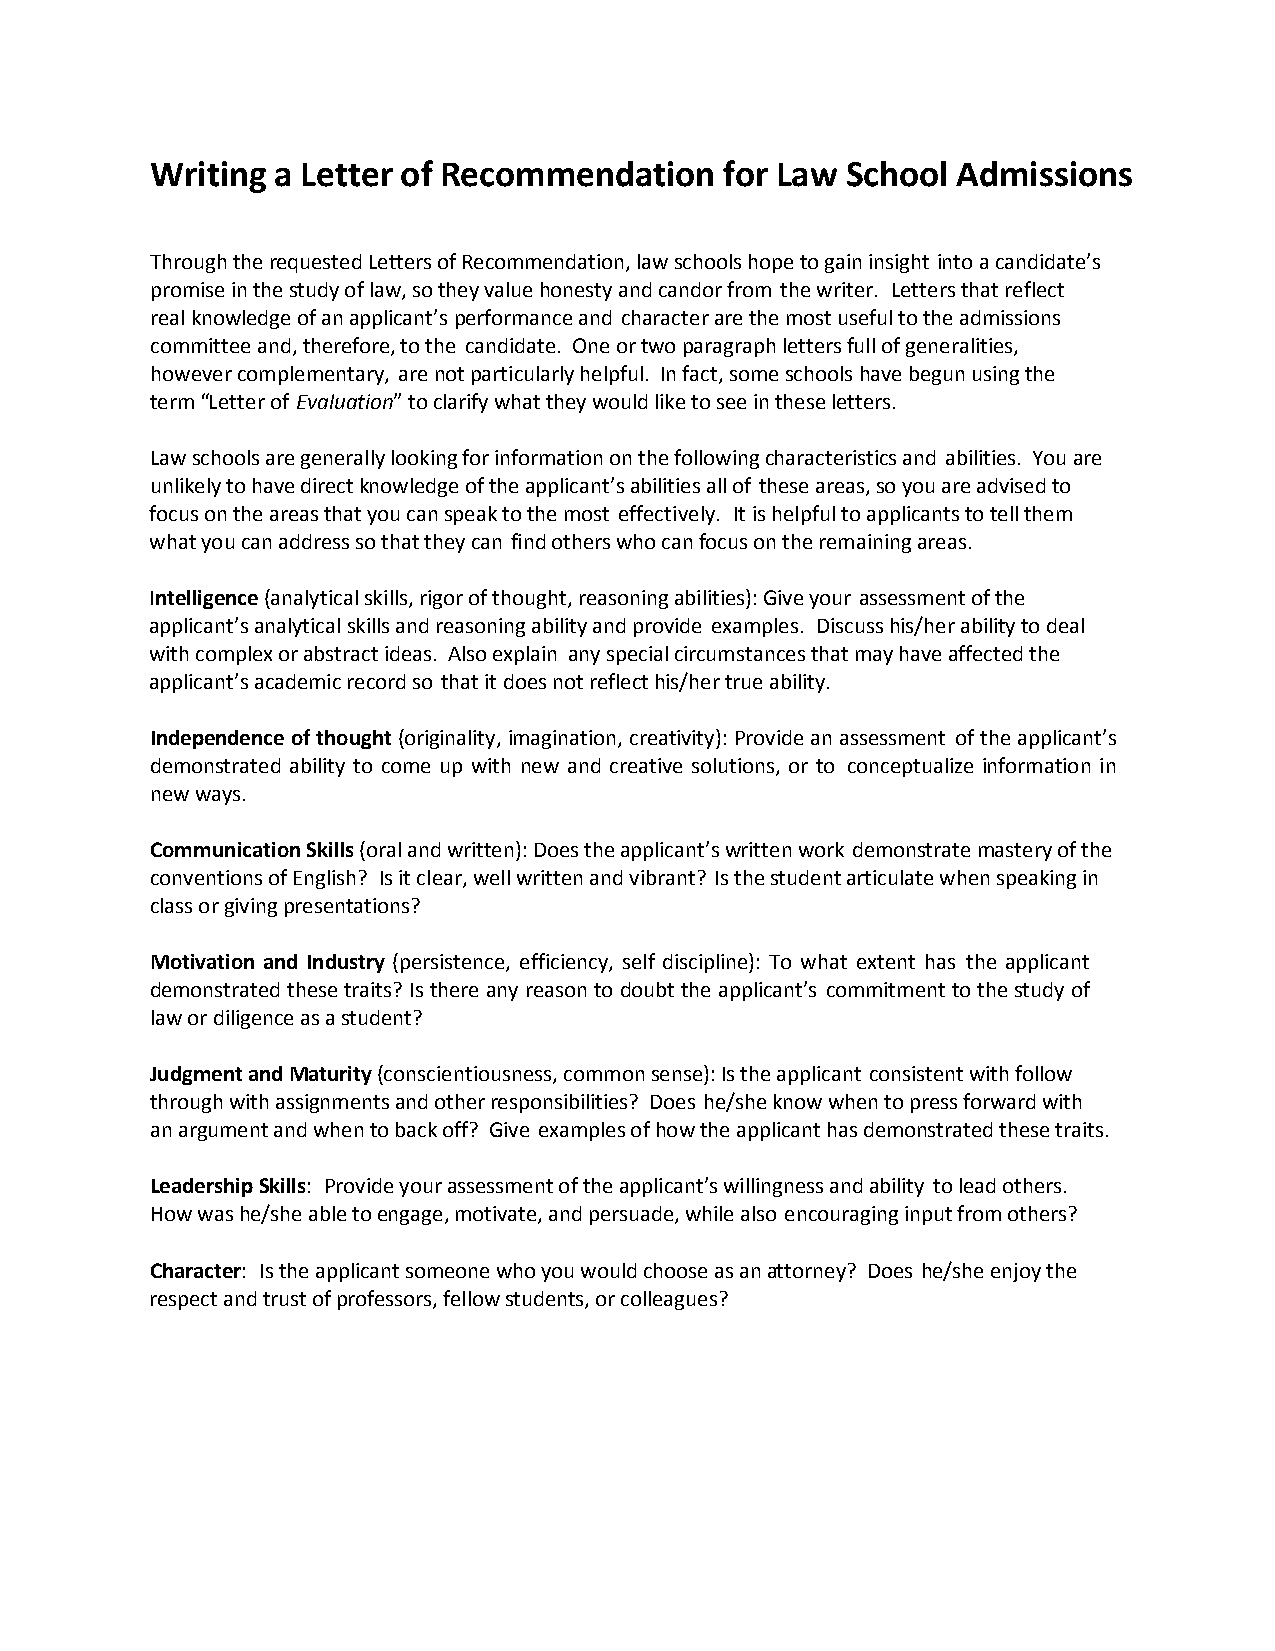
Writing a Letter of Recommendation    for Law School Admissions
 Through the requested Letters of Recommendation, law schools hope to gain insight into a candidate’s
 promise in the study of law, so they value honesty and candor from the writer. Letters that reflect
 real knowledge of an applicant’s performance and character are the most useful to the admissions
 committee and, therefore, to the candidate. One or two paragraph letters full of generalities,
 however complementary, are not particularly helpful. In fact, some schools have begun using the
 term “Letter of Evaluation” to clarify what they would like to see in these letters.
 Law schools are generally looking for information on the following characteristics and abilities. You are
 unlikely to have direct knowledge of the applicant’s abilities all of these areas, so you are advised to
 focus on the areas that you can speak to the most effectively. It is helpful to applicants to tell them
 what you can address so that they can find others who can focus on the remaining areas.
 Intelligence (analytical skills, rigor of thought, reasoning abilities): Give your assessment of the
 applicant’s analytical skills and reasoning ability and provide examples. Discuss his/her ability to deal
 with complex or abstract ideas. Also explain any special circumstances that may have affected the
 applicant’s academic record so that it does not reflect his/her true ability.
 Independence of thought (originality, imagination, creativity): Provide an assessment of the applicant’s
 demonstrated ability to come up with new and creative solutions, or to conceptualize information in
 new ways.
 Communication Skills (oral and written): Does the applicant’s written work demonstrate mastery of the
 conventions of English? Is it clear, well written and vibrant? Is the student articulate when speaking in
 class or giving presentations?
 Motivation and Industry (persistence, efficiency, self discipline): To what extent has the applicant
 demonstrated these traits? Is there any reason to doubt the applicant’s commitment to the study of
 law or diligence as a student?
 Judgment and Maturity (conscientiousness, common sense): Is the applicant consistent with follow
 through with assignments and other responsibilities? Does he/she know when to press forward with
 an argument and when to back off? Give examples of how the applicant has demonstrated these traits.
 Leadership Skills: Provide your assessment of the applicant’s willingness and ability to lead others.
 How was he/she able to engage, motivate, and persuade, while also encouraging input from others?
 Character: Is the applicant someone who you would choose as an attorney? Does he/she enjoy the
 respect and trust of professors, fellow students, or colleagues?